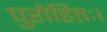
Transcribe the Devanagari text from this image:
पुरोहितः।